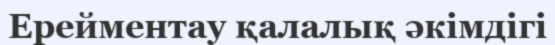
Ерейментау қалалық әкімдігі